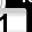
Digit: 1